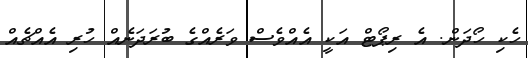
ހެކި ހޯދަން. އެ ރިޕޯޓް އަކީ އެއްވެސް ވަރެއްގެ ބުރަދަނެއް ހުރި އެއްޗެއް